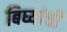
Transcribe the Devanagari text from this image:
बिघ्यांची